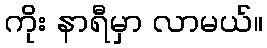
ကိုး နာရီမှာ လာမယ်။